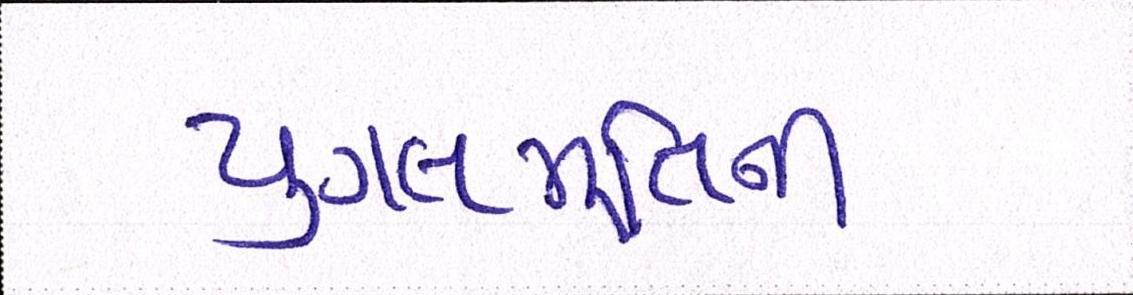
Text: યુગલમૂર્તિની